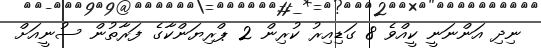
ނިދި އަންނަނީ ކީއްވެ 8 ގަޑިއިރު ކުރިން 2 ޕްރިޔަންކާގެ ފަރާތުން ސުނީއަށް